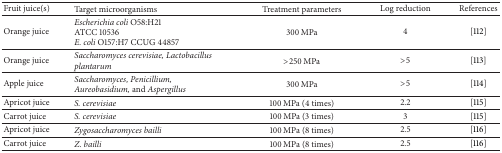
<table><thead><tr><td><b>Fruit juice(s)</b></td><td><b>Target microorganisms</b></td><td><b>Treatment parameters</b></td><td><b>Log reduction</b></td><td><b>References </b></td></tr></thead><tbody><tr><td>Orange juice </td><td><i>Escherichia coli </i>O58:H21ATCC 10536 <i>E. coli </i>O157:H7 CCUG 44857</td><td>300 MPa</td><td>4</td><td>[112]</td></tr><tr><td>Orange juice</td><td><i>Saccharomyces cerevisiae, Lactobacillus plantarum </i></td><td>&gt;250 MPa</td><td>&gt;5</td><td>[113]</td></tr><tr><td>Apple juice </td><td><i>Saccharomyces, Penicillium, Aureobasidium</i>, and <i>Aspergillus </i></td><td>300 MPa</td><td>&gt;5</td><td>[114]</td></tr><tr><td>Apricot juice</td><td><i>S. cerevisiae </i></td><td>100 MPa (4 times)</td><td>2.2</td><td>[115]</td></tr><tr><td>Carrot juice </td><td><i>S. cerevisiae </i></td><td>100 MPa (3 times)</td><td>3</td><td>[115]</td></tr><tr><td>Apricot juice</td><td><i>Zygosaccharomyces bailli </i></td><td>100 MPa (8 times)</td><td>2.5</td><td>[116]</td></tr><tr><td>Carrot juice</td><td><i>Z. bailli </i></td><td>100 MPa (8 times)</td><td>2.5</td><td>[116]</td></tr></tbody></table>